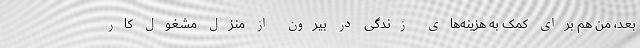
بعد، من هم برای کمک به هزینه‌های زندگی در بیرون از منزل مشغول کار